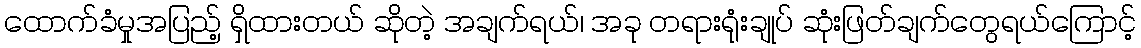
ထောက်ခံမှုအပြည့် ရှိထားတယ် ဆိုတဲ့ အချက်ရယ်၊ အခု တရားရုံးချုပ် ဆုံးဖြတ်ချက်တွေရယ်ကြောင့်